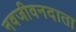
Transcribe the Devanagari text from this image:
नवजीवनदाता